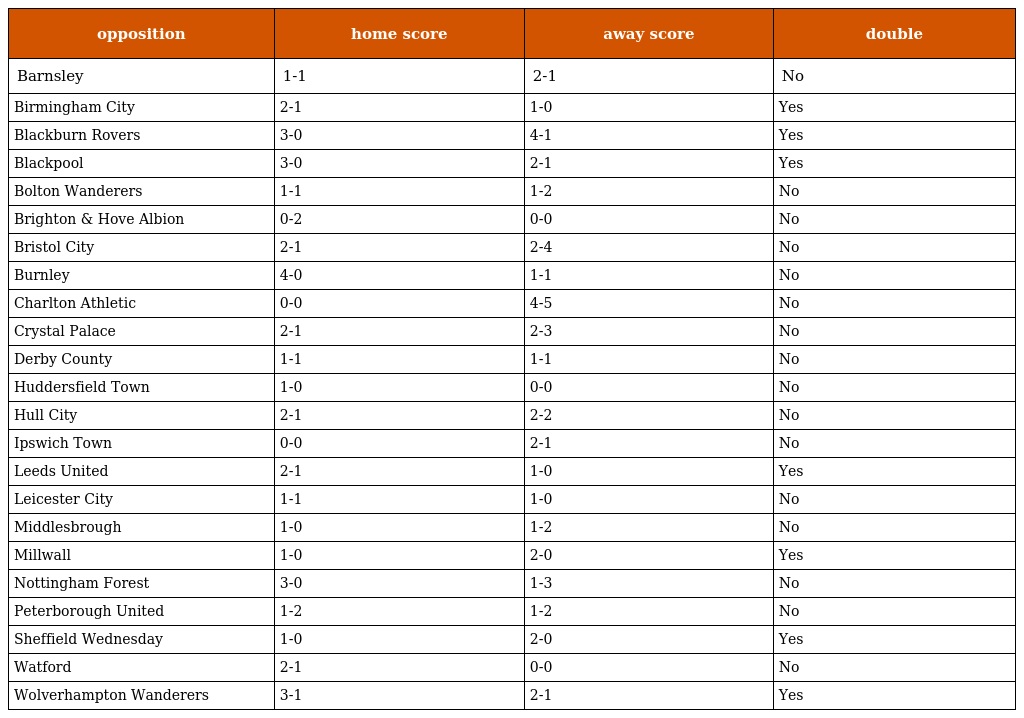
| opposition | home score | away score | double |
 | --- | --- | --- | --- |
 | Barnsley | 1-1 | 2-1 | No |
 | Birmingham City | 2-1 | 1-0 | Yes |
 | Blackburn Rovers | 3-0 | 4-1 | Yes |
 | Blackpool | 3-0 | 2-1 | Yes |
 | Bolton Wanderers | 1-1 | 1-2 | No |
 | Brighton & Hove Albion | 0-2 | 0-0 | No |
 | Bristol City | 2-1 | 2-4 | No |
 | Burnley | 4-0 | 1-1 | No |
 | Charlton Athletic | 0-0 | 4-5 | No |
 | Crystal Palace | 2-1 | 2-3 | No |
 | Derby County | 1-1 | 1-1 | No |
 | Huddersfield Town | 1-0 | 0-0 | No |
 | Hull City | 2-1 | 2-2 | No |
 | Ipswich Town | 0-0 | 2-1 | No |
 | Leeds United | 2-1 | 1-0 | Yes |
 | Leicester City | 1-1 | 1-0 | No |
 | Middlesbrough | 1-0 | 1-2 | No |
 | Millwall | 1-0 | 2-0 | Yes |
 | Nottingham Forest | 3-0 | 1-3 | No |
 | Peterborough United | 1-2 | 1-2 | No |
 | Sheffield Wednesday | 1-0 | 2-0 | Yes |
 | Watford | 2-1 | 0-0 | No |
 | Wolverhampton Wanderers | 3-1 | 2-1 | Yes |